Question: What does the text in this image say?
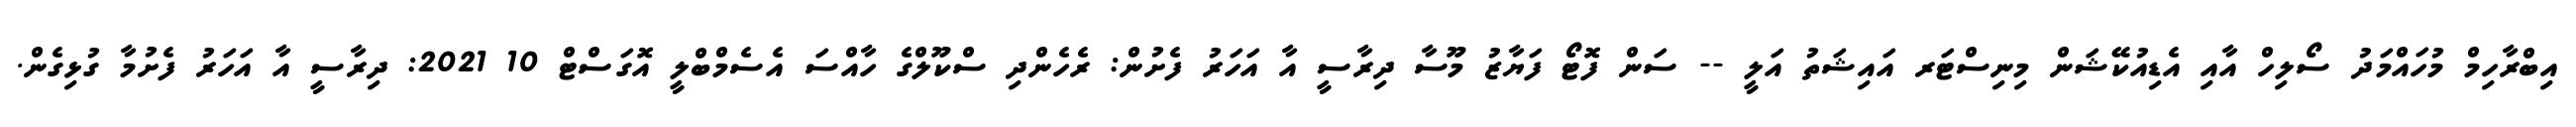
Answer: އިބްރާހިމް މުހައްމަދު ސޯލިހް އާއި އެޑިއުކޭޝަން މިނިސްޓަރ އައިޝަތު އަލީ -- ސަން ފޮޓޯ ފަޔާޒު މޫސާ ދިރާސީ އާ އަހަރު ފެށުން: ރެހެންދި ސްކޫލްގެ ހާއްސަ އެސެމްބްލީ އޮގަސްޓް 10 2021: ދިރާސީ އާ އަހަރު ފެށުމާ ގުޅިގެން.